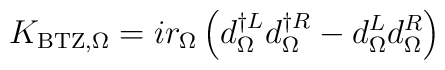
K_{\rm{BTZ},\Omega} = i r_\Omega \left( d^{\dagger L}_{\Omega} d^{\dagger R}_{\Omega}  - d^L_{\Omega} d^R_{\Omega}\right)